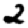
Digit: 2